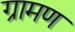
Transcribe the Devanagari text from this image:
ग्रामण